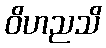
ဝိဟညသိ